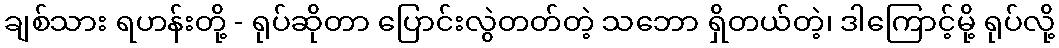
ချစ်သား ရဟန်းတို့ - ရုပ်ဆိုတာ ပြောင်းလွဲတတ်တဲ့ သဘော ရှိတယ်တဲ့၊ ဒါကြောင့်မို့ ရုပ်လို့